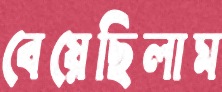
বেয়েছিলাম